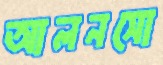
আলনসো